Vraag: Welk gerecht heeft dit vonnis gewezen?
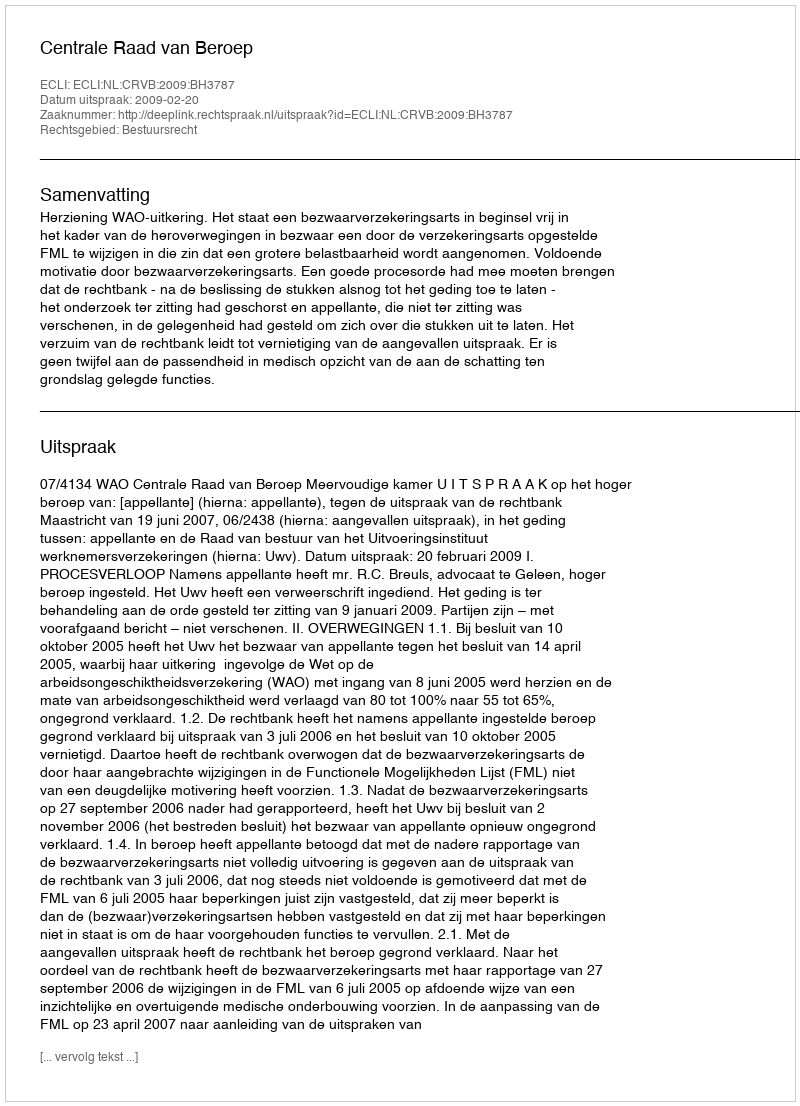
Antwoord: Centrale Raad van Beroep